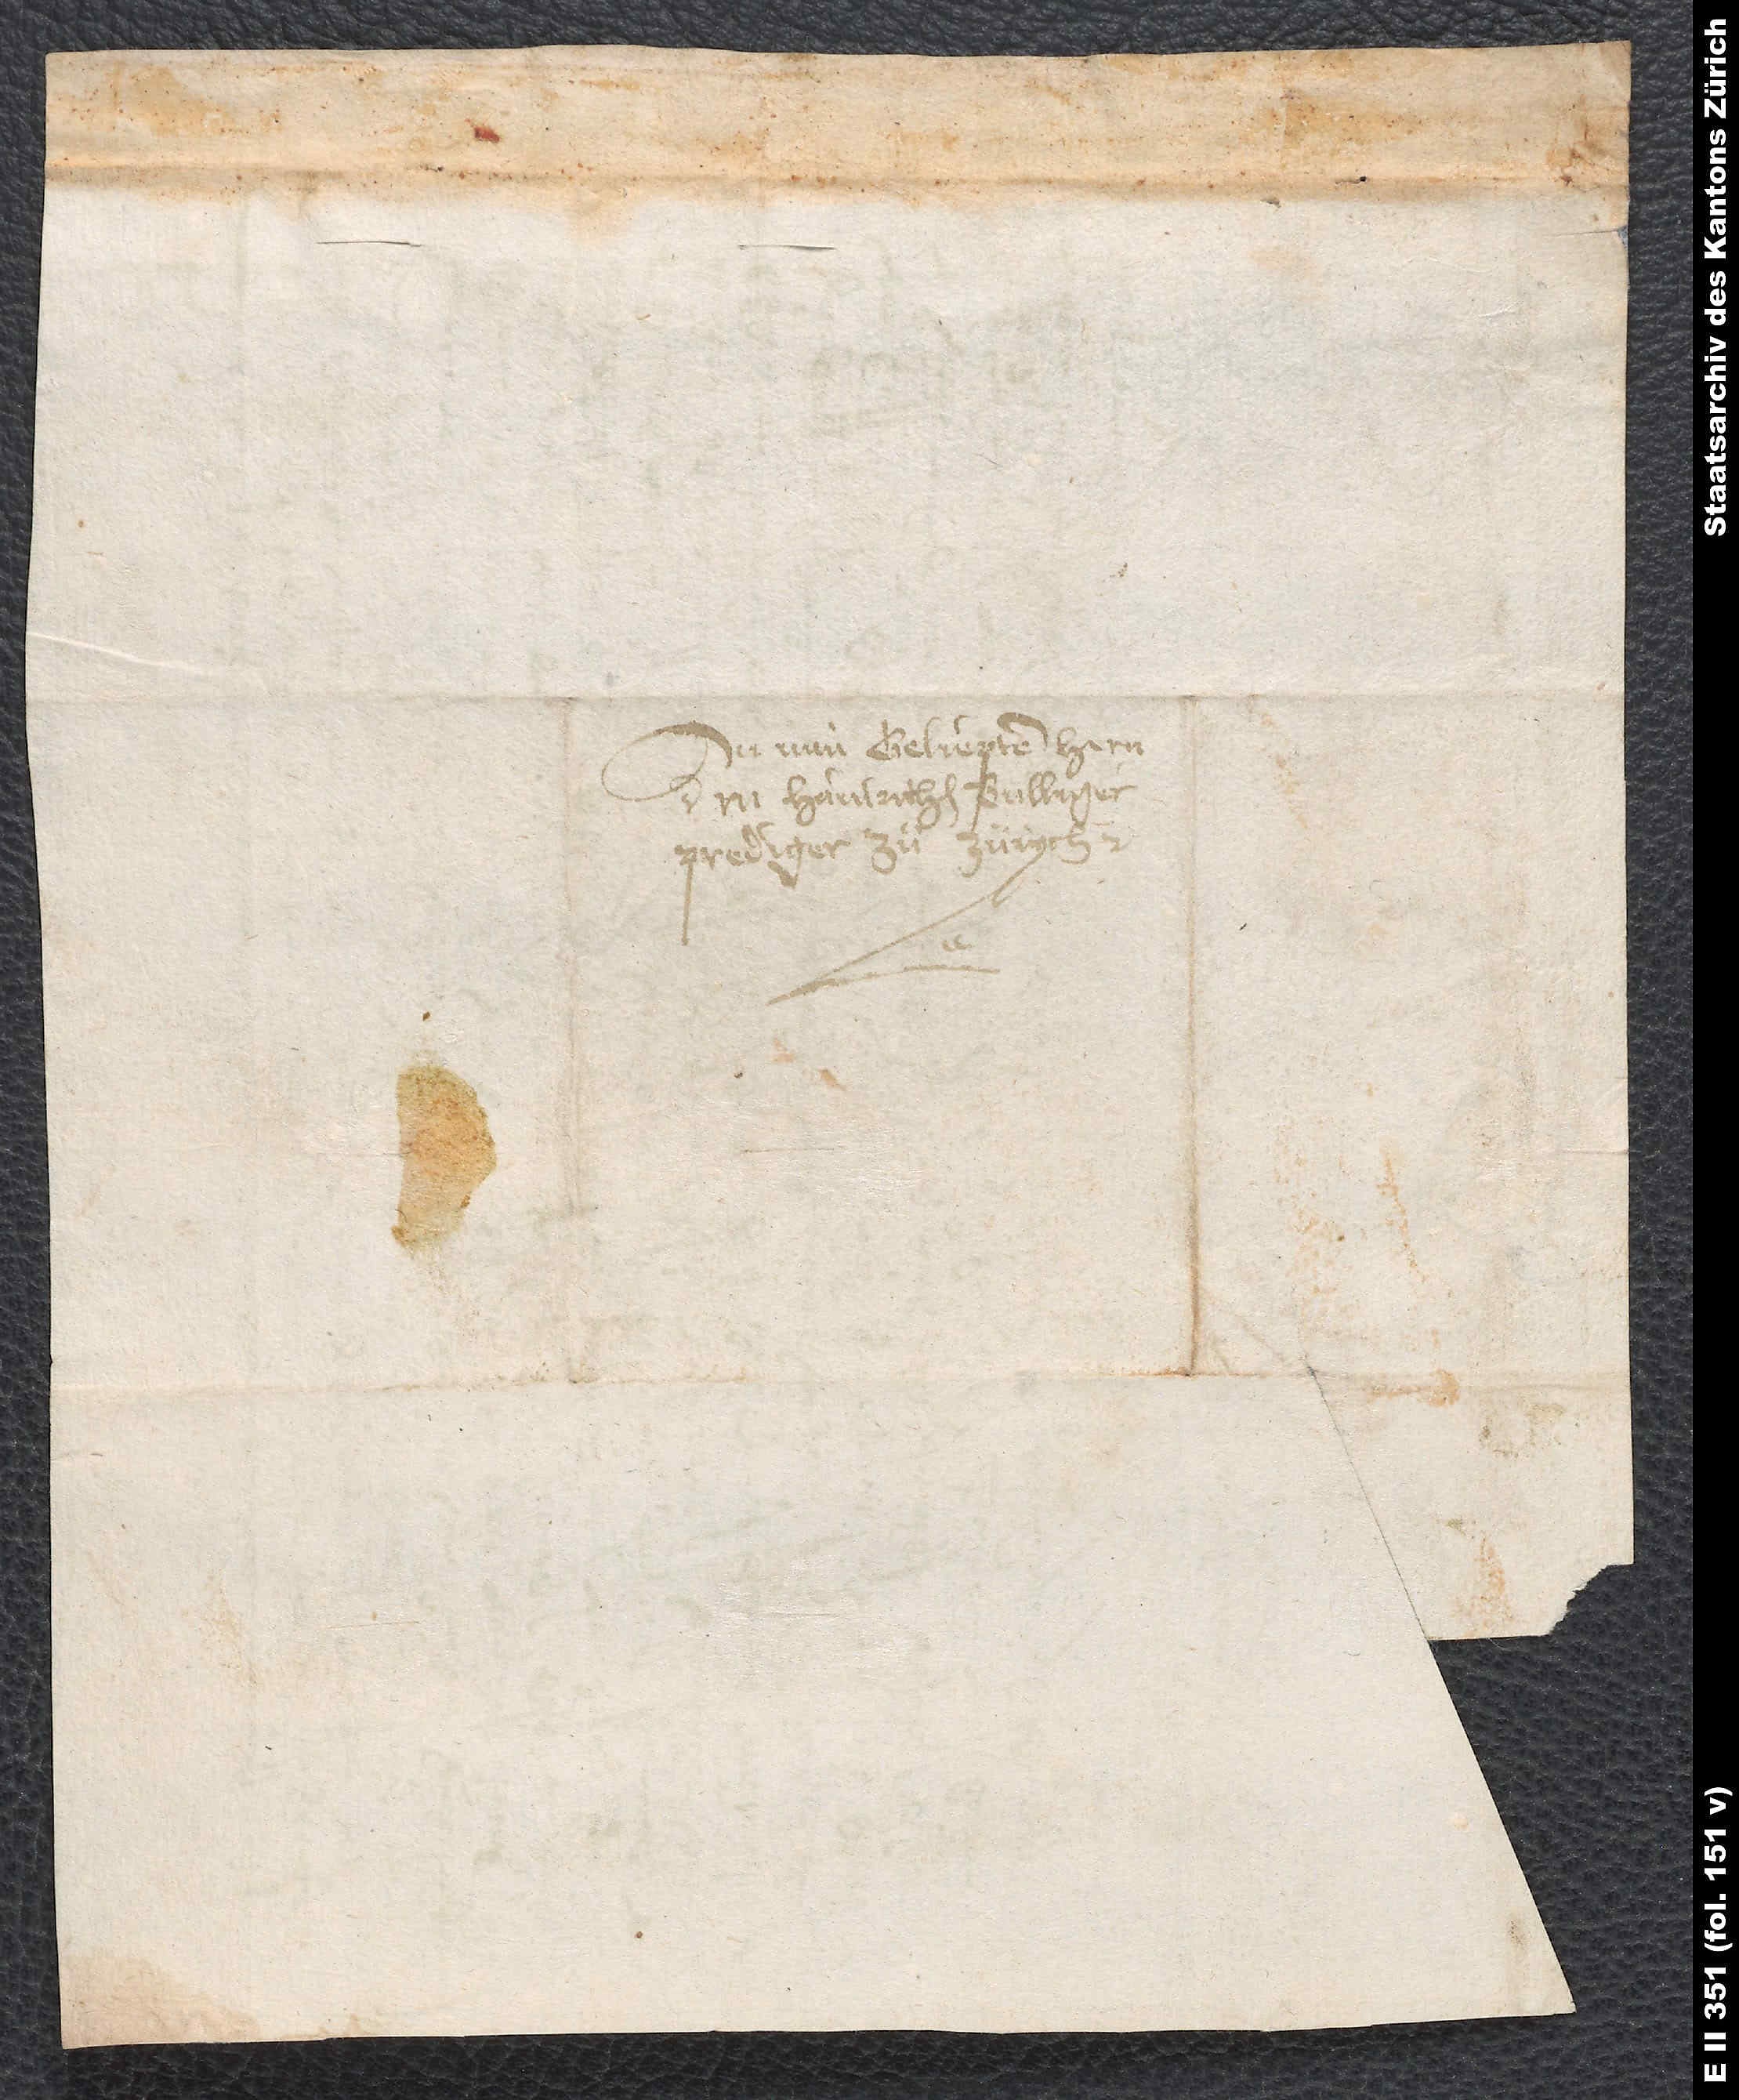
An min geliepten hern
M. Hainrichen Bulliger,
prediger zuͦ Zürych.